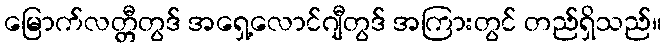
မြောက်လတ္တီတွဒ် အရှေ့လောင်ဂျီတွဒ် အကြားတွင် တည်ရှိသည်။